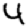
Digit: 4